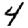
Digit: 4